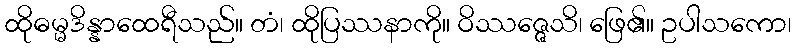
ထိုဓမ္မဒိန္နာထေရီသည်။ တံ၊ ထိုပြဿနာကို။ ဝိဿဇ္ဇေသိ၊ ဖြေ၏။ ဥပါသကော၊